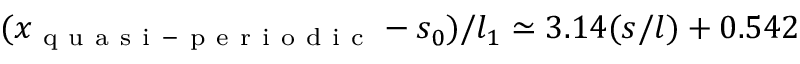
( x _ { \mathrm { ~ q ~ u ~ a ~ s ~ i ~ - ~ p ~ e ~ r ~ i ~ o ~ d ~ i ~ c ~ } } - s _ { 0 } ) / l _ { 1 } \simeq 3 . 1 4 ( s / l ) + 0 . 5 4 2